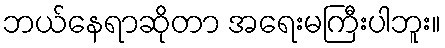
ဘယ်နေရာဆိုတာ အရေးမကြီးပါဘူး။